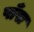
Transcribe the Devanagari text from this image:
पाँस